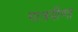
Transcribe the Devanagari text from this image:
गात्रवीणा